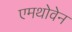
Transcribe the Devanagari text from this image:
एमथोवेन